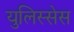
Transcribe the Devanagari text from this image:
युलिस्सेस